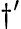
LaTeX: \dagger^{\prime}